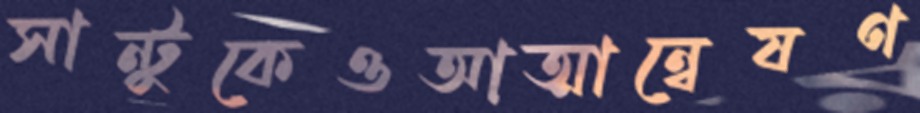
সান্টুকেওআত্মান্বেষণ